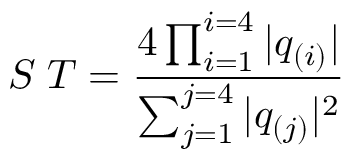
S \; T = { \frac { 4 \prod _ { i = 1 } ^ { i = 4 } | q _ { ( i ) } | } { \sum _ { j = 1 } ^ { j = 4 } | q _ { ( j ) } | ^ { 2 } } }